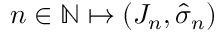
n \in \mathbb { N } \mapsto ( J _ { n } , \hat { \sigma } _ { n } )